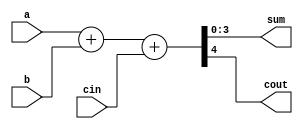
module adder_4bit_function1(a , b, cin, sum, cout) ;

	input [3:0] a, b ;
	input cin ;

	output reg [3:0] sum ;
	output reg cout ;

	function [4:0] result ;
		input [3:0] a_t, b_t ;
		input cin_t ;

		  result = a_t + b_t + cin_t ;

	endfunction

	always @(a , b, cin)
		 {cout, sum}= result(a , b, cin) ;

endmodule